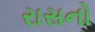
રાસનો